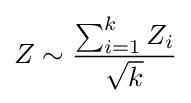
Z\sim {\frac {\sum _{i=1}^{k}Z_{i}}{\sqrt {k}}}